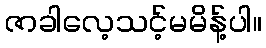
ဇာခါလေ့သင့်မမိန့်ပါ။